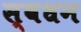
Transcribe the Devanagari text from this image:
स्वधन